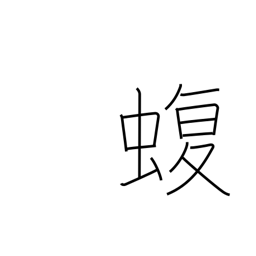
Meaning: viper